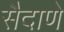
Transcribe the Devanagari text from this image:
सैदाणे